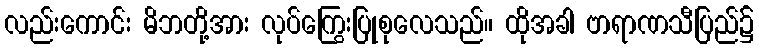
လည်းကောင်း မိဘတို့အား လုပ်ကြွေးပြုစုလေသည်။ ထိုအခါ ဗာရာဏသီပြည်၌